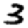
Digit: 3